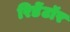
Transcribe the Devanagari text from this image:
रिडेंटॉर